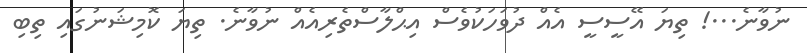
ނުވާނެ...! ތިޔަ އޭސީސީ އެއް ދުވަހަކުވެސް އިޙްލާސްތެރިއެއް ނުވާނެ. ތިޔަ ކޮމިޝަނުގައި ތިބި